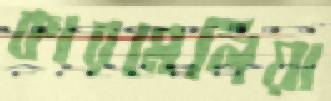
কারমেলিয়া